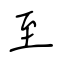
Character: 至